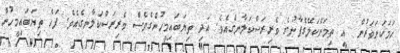
ހަމަކަށަވަރުން  އީ ތިމަންކަލޭގެފާނުގެ ވެރިރަސްކަލާނގެއެވެ. އަދި ތިޔަބައިމީހުންގެވެސް ވެރިރަސްކަލާނގެއެވެ. ފަހެ ތިޔަބައިމީހުން